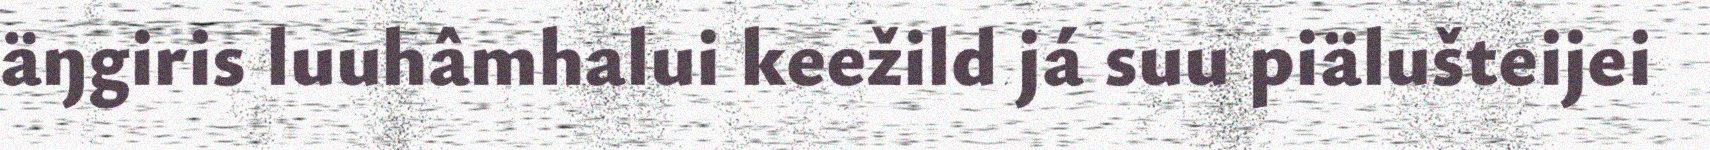
äŋgiris luuhâmhalui keežild já suu piälušteijei